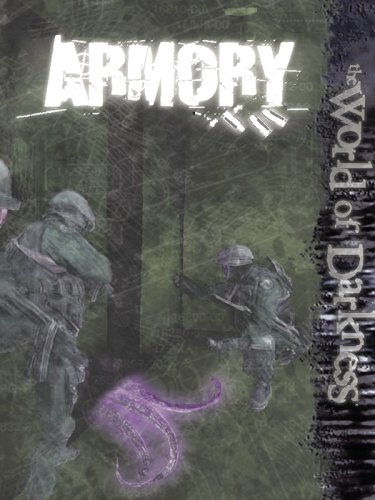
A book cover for World of Darkness: Armory; Clayton Oliver; Science Fiction & Fantasy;